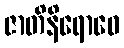
ဇာတိနိရောဓေ